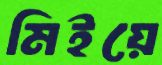
মিইয়ে